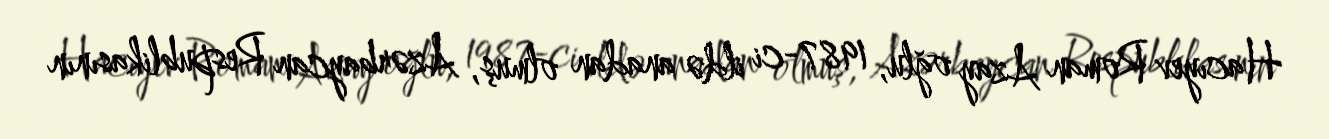
Hacıyev Roman Azay oğlu, 1987-ci ildə anadan olmuş, Azərbaycan Respublikasının